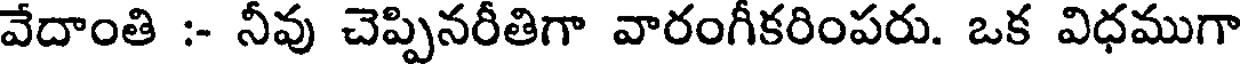
వేదాంతి :- నీవు చెప్పినరీతిగా వారంగీకరింపరు. ఒక విధముగా